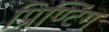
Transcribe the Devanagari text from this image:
प्रिण्टिंग